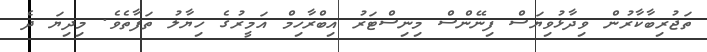
ތަޖުރިބާކާރުން ވިދާޅުވިޔަސް ފިނޭންސް މިނިސްޓަރު އިބްރާހިމް އަމީރުގެ ހިޔާލު ތަފާތެވެ. މިދިޔަ ދެ